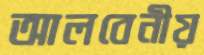
আলবেনীয়